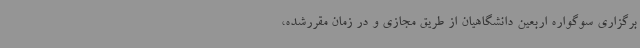
برگزاری سوگواره اربعین دانشگاهیان از طریق مجازی و در زمان مقررشده،